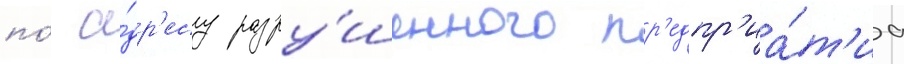
по́ а́др'есу разру́шенного пр'едпр'иа́т'иа